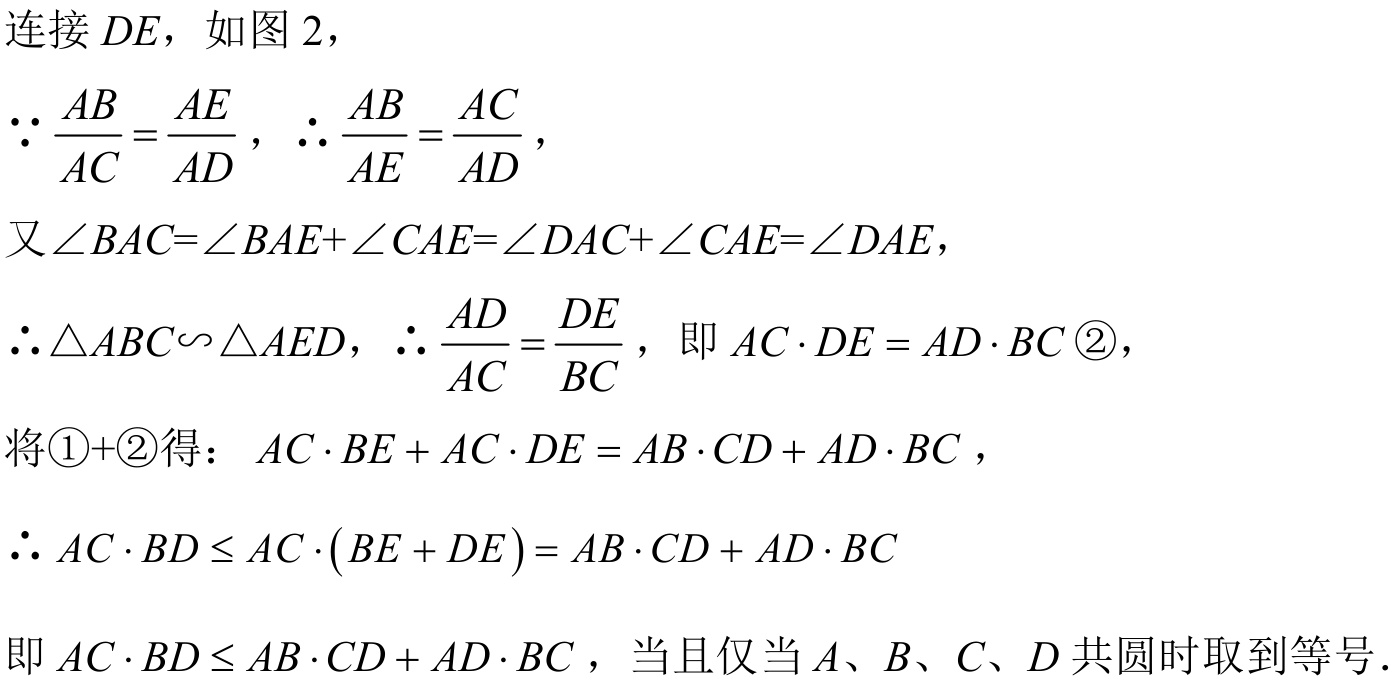
连接$DE$，如图$2$，
$\because \dfrac{AB}{AC}=\dfrac{AE}{AD}$，$\therefore \dfrac{AB}{AE}=\dfrac{AC}{AD}$，
又$\angle BAC = \angle BAE+\angle CAE=\angle DAC+\angle CAE=\angle DAE$，
$\therefore \triangle ABC\backsim\triangle AED$，$\therefore \dfrac{AD}{AC}=\dfrac{DE}{BC}$，即$AC\cdot DE = AD\cdot BC$ \textcircled{2}，
将\textcircled{1}+\textcircled{2}得：$AC\cdot BE + AC\cdot DE = AB\cdot CD + AD\cdot BC$，
$\therefore AC\cdot BD\leq AC\cdot(BE + DE)=AB\cdot CD + AD\cdot BC$
即$AC\cdot BD\leq AB\cdot CD + AD\cdot BC$，当且仅当$A、B、C、D$共圆时取到等号.